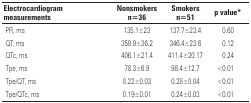
| Electrocardiogram measurements | Nonsmokers n=36 | Smokers n=51 | p value* |
 | --- | --- | --- | --- |
 | PR, ms | 135.1±23 | 137.7±23.4 | 0.60 |
 | QT, ms | 359.9±36.2 | 346.4±23.6 | 0.12 |
 | QTc, ms | 406.1±21.4 | 411.4±20.17 | 0.24 |
 | Tpe, ms | 78.3±6.9 | 98.4±12.7 | <0.01 |
 | Tpe/QT, ms | 0.22±0.03 | 0.28±0.04 | <0.01 |
 | Tpe/QTc, ms | 0.19±0.01 | 0.24±0.03 | <0.01 |